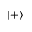
\left| + \right\rangle